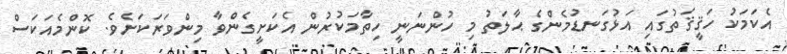
އެކަމަކު ހަޤީޤަތުގައި އަޅުގަނޑުމެންގެ ޙާލަތު މި ހުންނަނީ ހިތާމަކުރުން އެކަށީގެންވާ މިންވަރަކަށެވެ. ކޮންމެއަކަސް